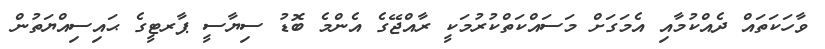
ވާހަކަތައް ދެއްކުމާއި އެމަގަށް މަސައްކަތްކުރުމަކީ ރާއްޖޭގެ އެންމެ ބޮޑު ސިޔާސީ ޕާރޓީގެ ޙައިސިއްޔަތުން